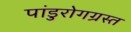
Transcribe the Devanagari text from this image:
पांडुरोगग्रस्त